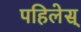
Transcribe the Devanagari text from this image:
पहिलेस्